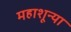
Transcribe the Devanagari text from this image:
महाशून्या